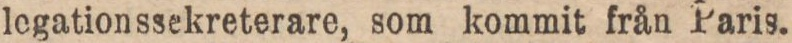
legationssckreterare, som kommit från Paris.